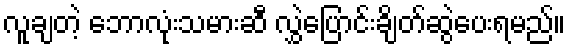
လူချတဲ့ ဘောလုံးသမားဆီ လွှဲပြောင်းချိတ်ဆွဲပေးရမည်။